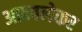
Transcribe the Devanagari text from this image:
आठवलेकर